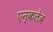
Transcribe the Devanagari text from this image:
एन्कलेव